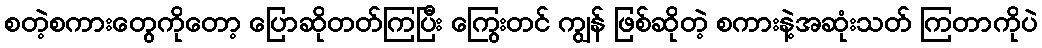
စတဲ့စကားတွေကိုတော့ ပြောဆိုတတ်ကြပြီး ကြွေးတင် ကျွန် ဖြစ်ဆိုတဲ့ စကားနဲ့အဆုံးသတ် ကြတာကိုပဲ